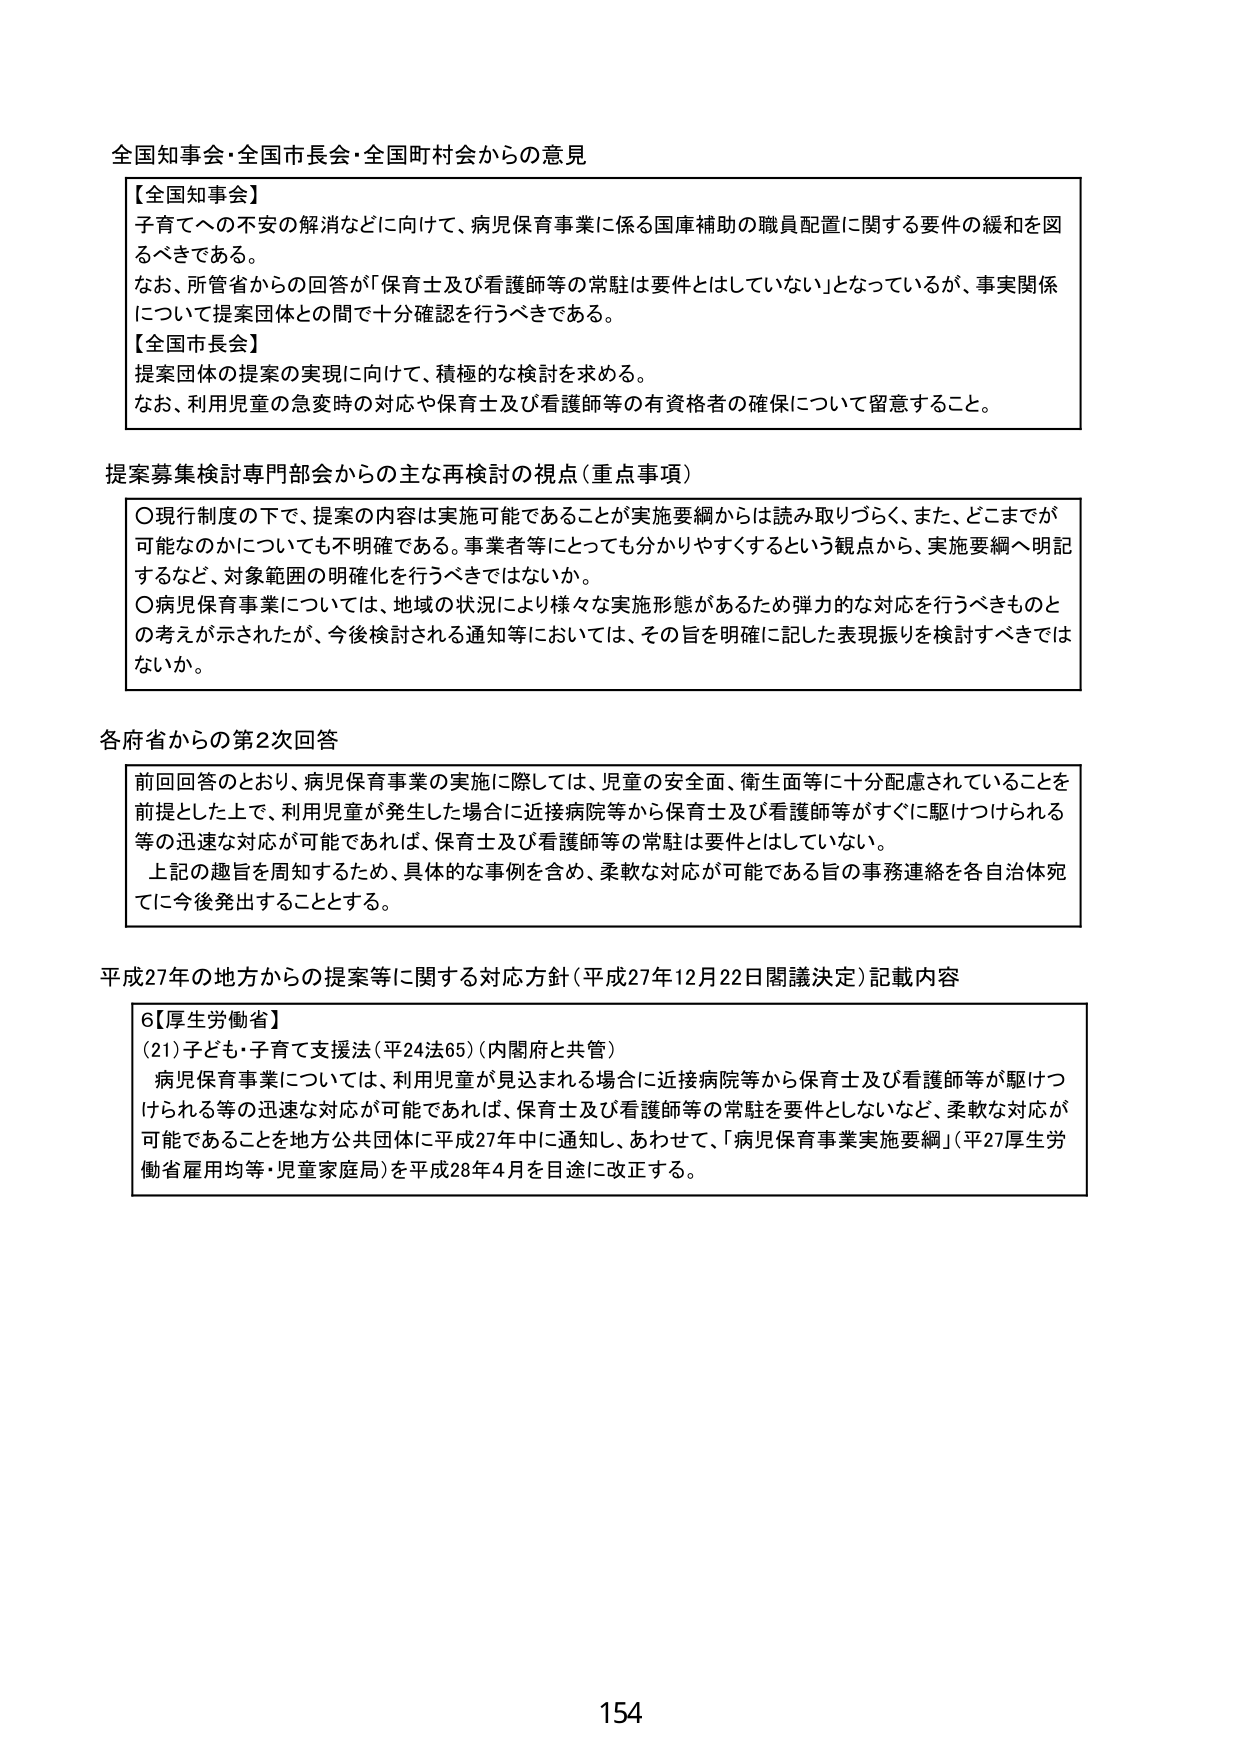
全国知事会・全国市長会・全国町村会からの意見

【全国知事会】
子育てへの不安の解消などに向けて、病児保育事業に係る国庫補助の職員配置に関する要件の緩和を図るべきである。
なお、所管省からの回答が「保育士及び看護師等の常駐は要件とはしていない」となっているが、事実関係について提案団体との間で十分確認を行うべきである。

【全国市長会】
提案団体の提案の実現に向けて、積極的な検討を求める。
なお、利用児童の急変時の対応や保育士及び看護師等の有資格者の確保について留意すること。

提案募集検討専門部会からの主な再検討の視点（重点事項）

○現行制度の下で、提案の内容は実施可能であることが実施要綱からは読み取りづらく、また、どこまでが可能なのかについても不明確である。事業者等にとっても分かりやすくするという観点から、実施要綱へ明記するなど、対象範囲の明確化を行うべきではないか。
○病児保育事業については、地域の状況により様々な実施形態があるため弾力的な対応を行うべきものとの考えが示されたが、今後検討される通知等においては、その旨を明確に記した表現振りを検討すべきではないか。

各府省からの第2次回答

前回回答のとおり、病児保育事業の実施に際しては、児童の安全面、衛生面等に十分配慮されていることを前提とした上で、利用児童が発生した場合に近接病院等から保育士及び看護師等がすぐに駆けつけられる等の迅速な対応が可能であれば、保育士及び看護師等の常駐は要件とはしていない。
上記の趣旨を周知するため、具体的な事例を含め、柔軟な対応が可能である旨の事務連絡を各自治体宛てに今後発出することとする。

平成27年の地方からの提案等に関する対応方針（平成27年12月22日閣議決定）記載内容

6【厚生労働省】
（21）子ども・子育て支援法（平24法65）（内閣府と共管）
病児保育事業については、利用児童が見込まれる場合に近接病院等から保育士及び看護師等が駆けつけられる等の迅速な対応が可能であれば、保育士及び看護師等の常駐を要件としないなど、柔軟な対応が可能であることを地方公共団体に平成27年中に通知し、あわせて、「病児保育事業実施要綱」（平27厚生労働省雇用均等・児童家庭局）を平成28年4月を目途に改正する。

154